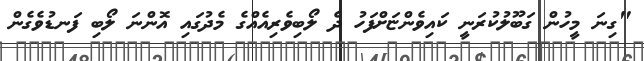
"ގިނަ މީހުން ގަބޫލުކުރަނީ ކައިވެންޏަށްފަހު ދެ ލޯބިވެރިއެއްގެ މެދުގައި އޮންނަ ލޯބި ފަނޑުވެގެން